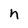
Character: n